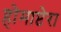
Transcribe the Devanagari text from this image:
होमाप्टेरा